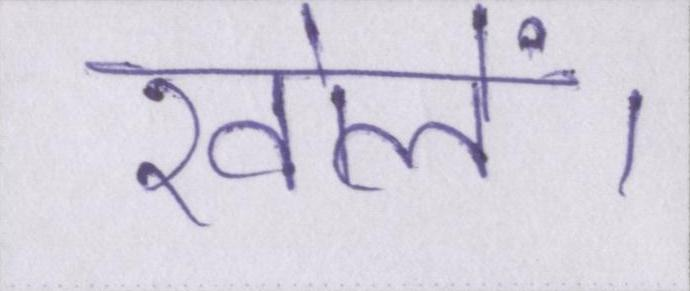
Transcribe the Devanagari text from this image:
खोलें।